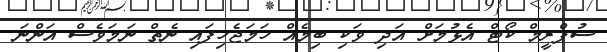
ސުޕްރީމް ކޯޓް އެޅުމަށް އަދި ވަކި ބިމެއް ހަމަޖެހިފައި ނެތް ނަމަވެސް އަންނަ